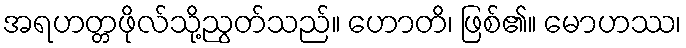
အရဟတ္တဖိုလ်သို့ညွတ်သည်။ ဟောတိ၊ ဖြစ်၏။ မောဟဿ၊